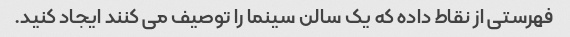
فهرستی از نقاط داده که یک سالن سینما را توصیف می کنند ایجاد کنید.